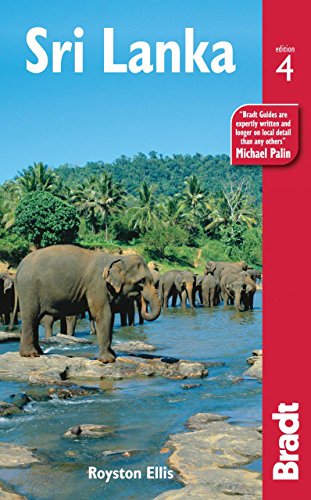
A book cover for Sri Lanka,: The Bradt Travel Guide; Royston Ellis; Travel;